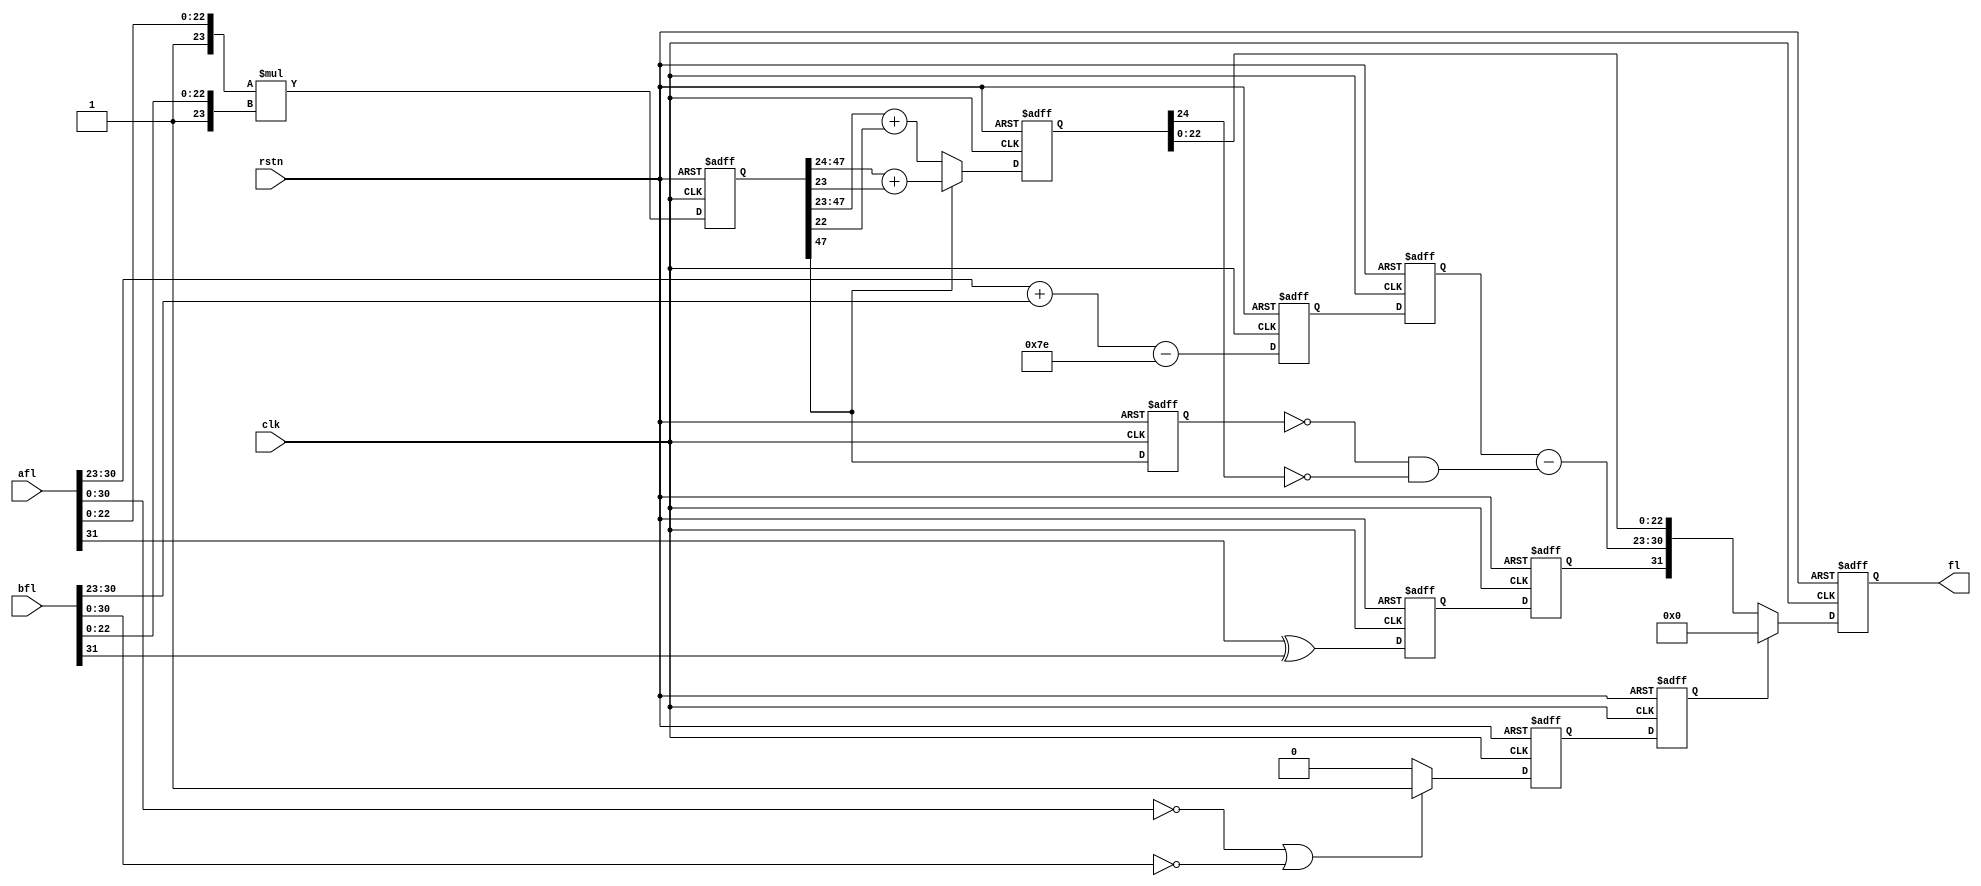
module flt_mult
	(
	input			clk,
	input			rstn,
	input	    [31:0]	afl,
	input	    [31:0]	bfl,
	output	reg [31:0]	fl
	);

reg	[47:0]	mfl_0;		// Mantisa of the Float
reg		sfl_0;		// Sign of the Float
reg	[7:0]	efl_0;		// Exponent of the Float
reg		zero_out_0;
reg		sfl_1;		// Sign of the Float
reg	[7:0]	efl_1;		// Exponent of the Float
reg		zero_out_1;
reg		mfl47_1;	// Mantisa of the Float
reg	[24:0]	nmfl_1;		// Normalized Mantisa of the Float
reg 		not_mfl_47;

always @* not_mfl_47 = (~mfl47_1 & ~nmfl_1[24]);

always @(posedge clk, negedge rstn) begin
	if(!rstn) begin
		mfl_0 	   <= 48'h0;
		sfl_0 	   <= 1'b0;
		efl_0 	   <= 8'h0;
		zero_out_0 <= 1'b0;
		efl_1 	   <= 8'h0;
		sfl_1 	   <= 1'b0;
		zero_out_1 <= 1'b0;
		mfl47_1    <= 1'b0;
		nmfl_1     <= 25'h0;
		fl 	   <= 32'h0;
	end
	else begin
		// Pipe 0.
		// Multiply the mantisa.
		mfl_0 <= {1'b1,afl[22:0]} * {1'b1,bfl[22:0]};
		// Calulate the Sign.
		sfl_0 <= afl[31] ^ bfl[31];
		efl_0 <= afl[30:23] + bfl[30:23] - 8'h7E;
		// If a or b equals zero, return zero.
		if((afl[30:0] == 0) || (bfl[30:0] == 0))zero_out_0 <= 1'b1;
		else zero_out_0 <= 1'b0;
		// Pipe 1.
		efl_1 <= efl_0;	
		sfl_1 <= sfl_0;	
		zero_out_1 <= zero_out_0;
		mfl47_1  <= mfl_0[47];
		if(mfl_0[47]) nmfl_1 <= mfl_0[47:24] + mfl_0[23];
		else 	      nmfl_1 <= mfl_0[47:23] + mfl_0[22];
		// Pipe 2.
		if(zero_out_1) fl <= 32'h0;
		else 	       fl <= {sfl_1,(efl_1 - not_mfl_47),nmfl_1[22:0]};
	end
end


endmodule